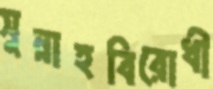
সুন্নাহবিরোধী